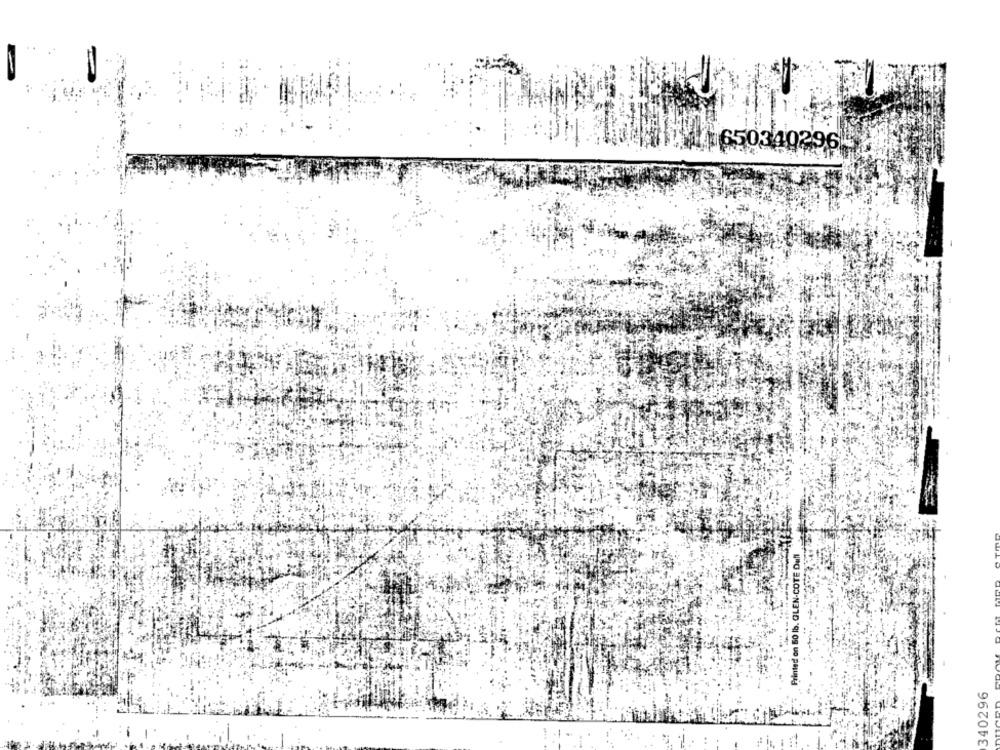
650340296
Printed on 50 lb. GLEN-COTE Dull
340296